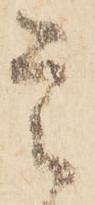
是